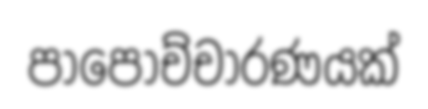
පාපෝච්චාරණයක්